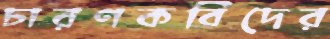
চারণকবিদের